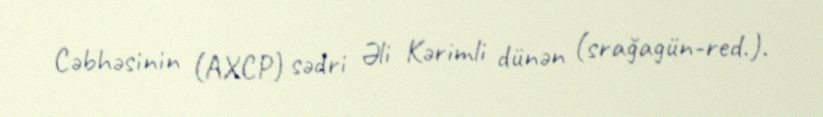
Cəbhəsinin (AXCP) sədri Əli Kərimli dünən (srağagün-red.).